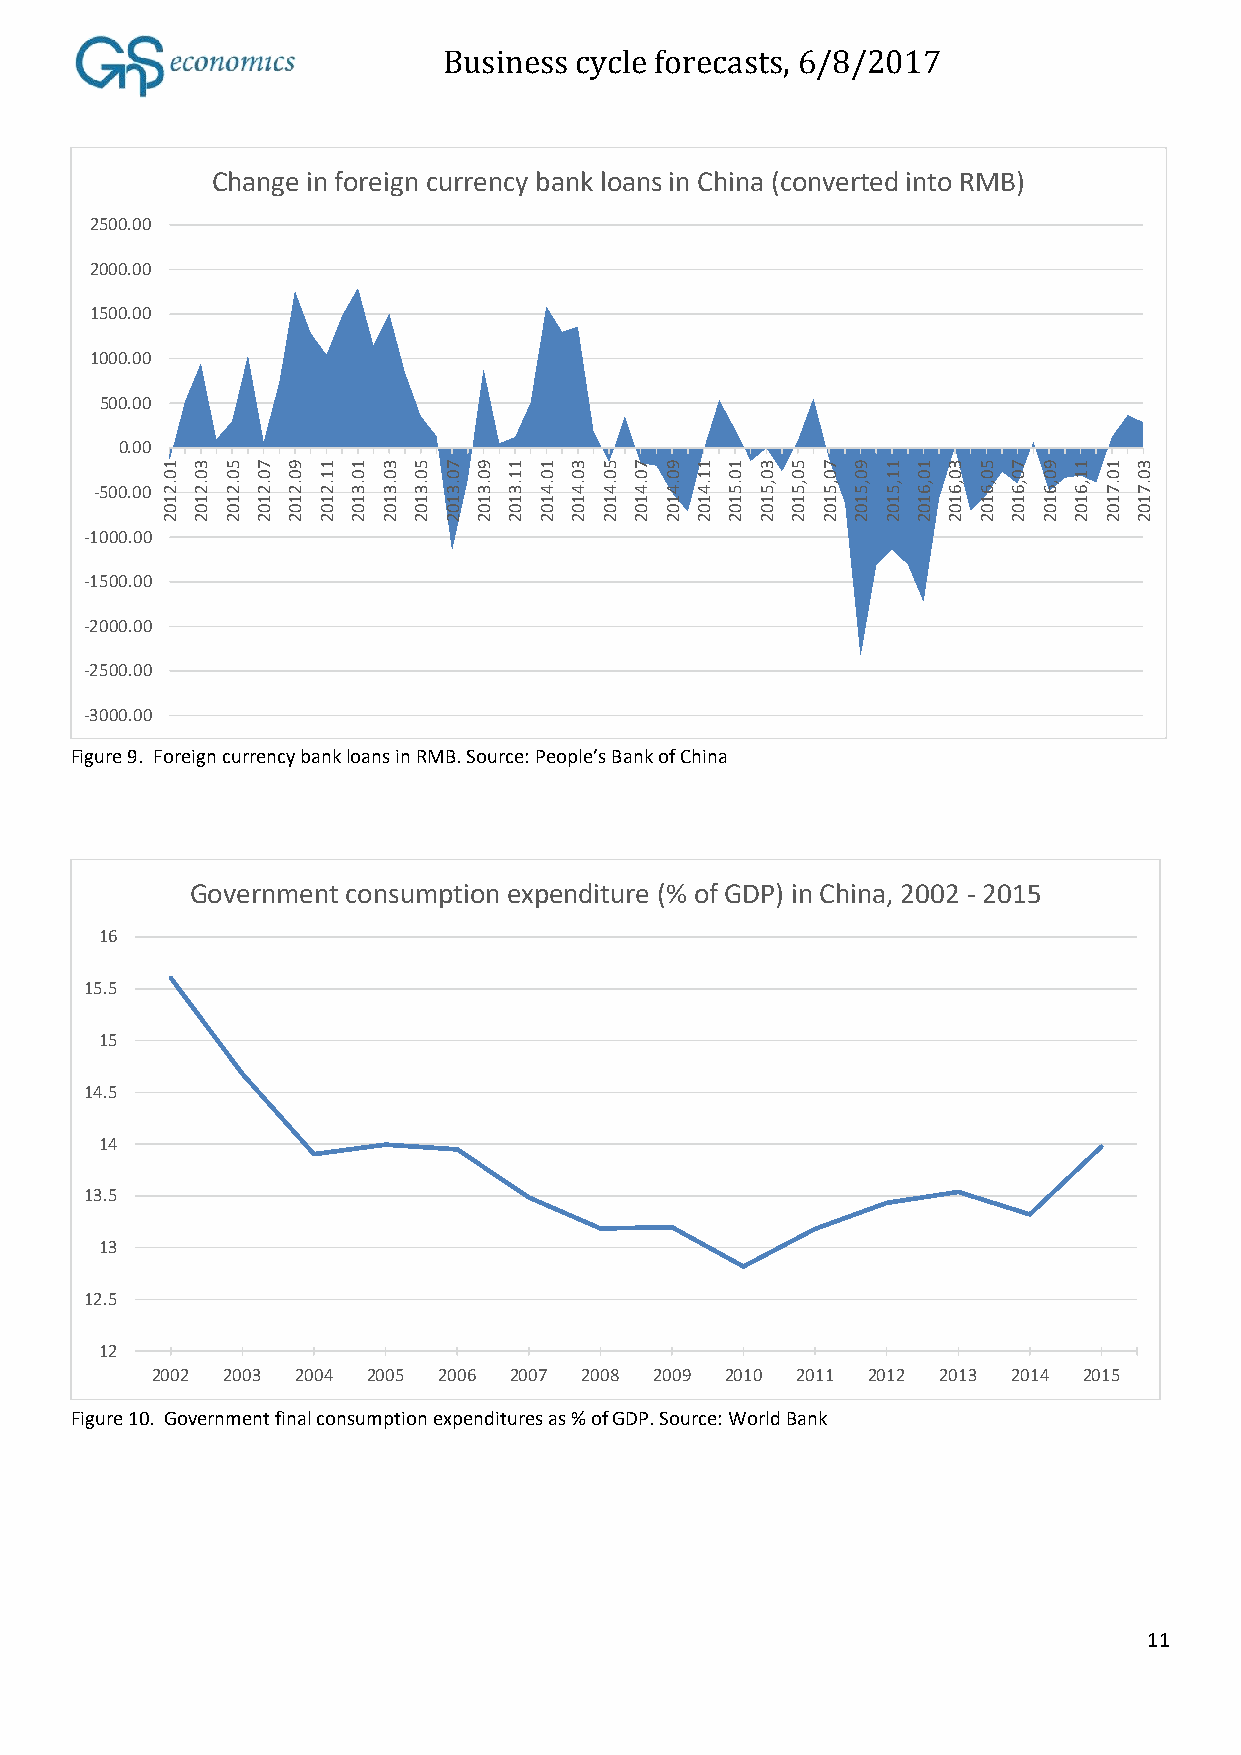
Business cycle forecasts, 6/8/2017
 Change in foreign currency bank loans in China (converted into RMB)
 2500.00
 2000.00
 1500.00
 1000.00
 500.00
 0.00
 1 3 5 7 9 1 1 3 5 7 9  1 1 3 5 7 9 1 1 3 5 7 9  1 1 3 5 7 9 1 1 3
 0 0 0 0 0 1 0 0 0 0 0  1 0 0 0 0 0 1 0 0 0 0 0  1 0 0 0 0 0 1 0 0
 -500.00 .2 .2 .2 .2 .2 .2 .3 .3 .3 .3 .3 .3 .4 .4 .4 .4 .4 .4 .5 ,5 ,5 ,5 ,5 ,5 ,6 ,6 ,6 ,6 ,6 ,6 .7 .7
 1 1 1 1 1 1 1 1 1 1 1  1 1 1 1 1 1 1 1 1 1 1 1  1 1 1 1 1 1 1 1 1
 0 0 0 0 0 0 0 0 0 0 0  0 0 0 0 0 0 0 0 0 0 0 0  0 0 0 0 0 0 0 0 0
 2 2 2 2 2 2 2 2 2 2 2  2 2 2 2 2 2 2 2 2 2 2 2  2 2 2 2 2 2 2 2 2
 -1000.00
 -1500.00
 -2000.00
 -2500.00
 -3000.00
 Figure 9. Foreign currency bank loans in RMB. Source: People’s Bank of China
 Government consumption expenditure (% of GDP) in China, 2002 - 2015
 16
 15.5
 15
 14.5
 14
 13.5
 13
 12.5
 12
 2002 2003 2004 2005 2006 2007 2008 2009 2010 2011 2012 2013 2014 2015
 Figure 10. Government final consumption expenditures as % of GDP. Source: World Bank
 11